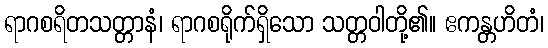
ရာဂစရိတသတ္တာနံ၊ ရာဂစရိုက်ရှိသော သတ္တဝါတို့၏။ ဧကန္တဟိတံ၊